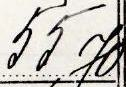
55,70